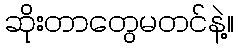
ဆိုးတာတွေမတင်နဲ့။